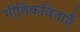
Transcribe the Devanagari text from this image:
गीतिकविताएँ